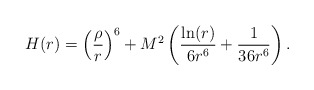
\begin{align*}H(r) = \left( \frac{\rho}{r} \right)^6 + M^2 \left( \frac{\ln(r)}{6 r^6} + \frac{1}{36 r^6} \right).\end{align*}